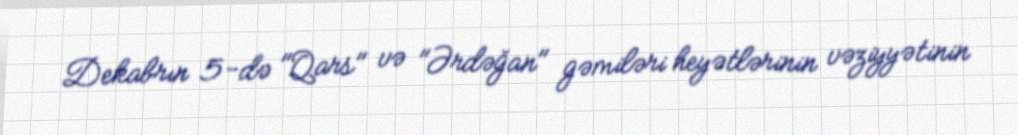
Dekabrın 5-də "Qars" və "Ərdəğan" gəmiləri heyətlərinin vəziyyətinin